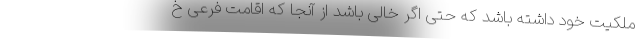
ملکیت خود داشته باشد که حتی اگر خالی باشد از آنجا که اقامت فرعی خ